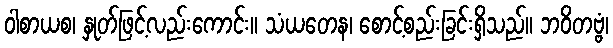
ဝါစာယစ၊ နှုတ်ဖြင့်လည်းကောင်း။ သံယတေန၊ စောင့်စည်းခြင်းရှိသည်။ ဘဝိတဗ္ဗံ၊